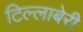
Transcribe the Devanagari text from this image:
टिल्लाबेरी